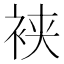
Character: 𬡒